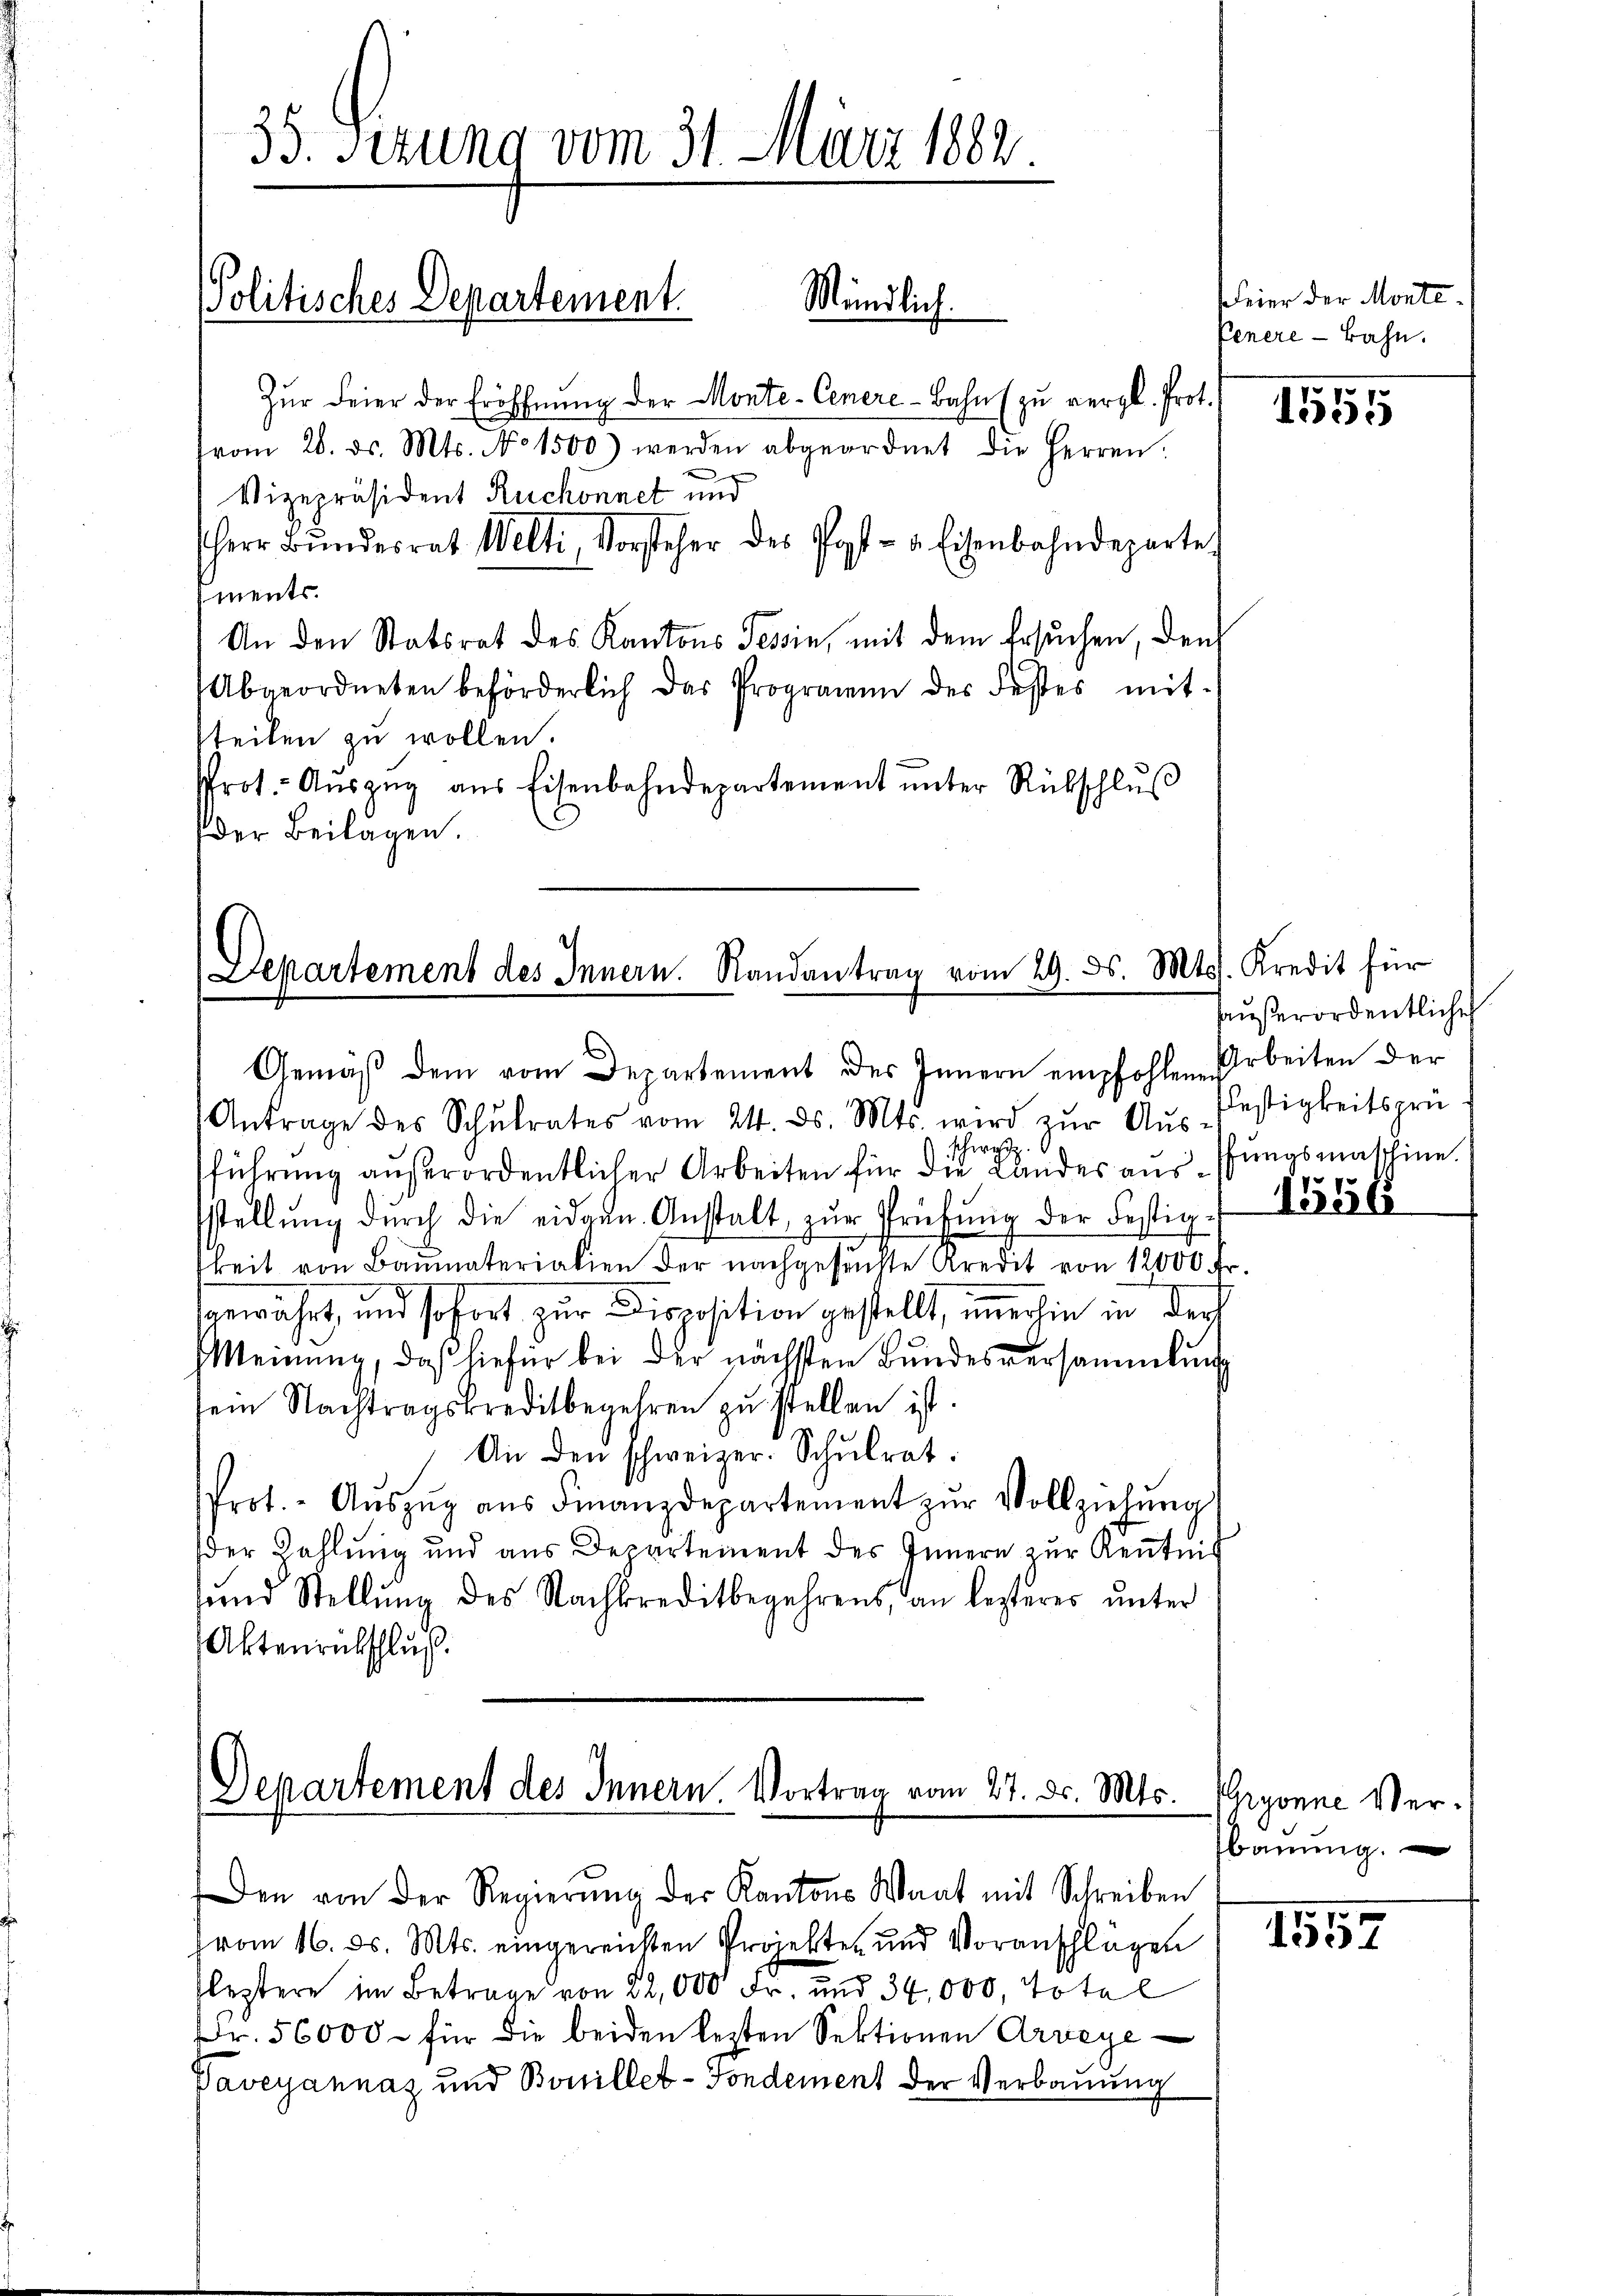
35. Sezung vom 31. März 182.

Politisches Departement.

Zŭr Feier der Eröffnŭng der Monte-Cenere-Bahn (zu vergl. Prot.
from 28. ds. Mts. No 1500) werden abgeordnet die Herren
Vizepräsident Ruchonnet und
Herr Bŭndesrat Welti, Vorsteher des Post- u. Eisenbahndeparte
ments.
An den Statsrat des Kantons Tessin, mit dem Ersuchen, den
Abgeordneten beförderlich das Programm des Festes mit-
tteilen zu wollen.
rot. Aŭszŭg aŭs Eisenbahndepartement ŭnter Rückschlŭβ
der Beilagen.

Antrage des Schŭlrates vom 24. ds. Mts. wird zŭr Aŭs-
schwest
führŭng aŭβerordentlicher Arbeiten für die Landes aŭsschungsmaschine.
stellŭng dŭrch die eidgen. Anstalt zŭr Prüfŭng der Festig-
keit von Baŭmaterialien der nachgesŭchte Kredit von 12000 Fr.
gewährt, und sofort zur Disposition gestellt, immerhin in der
MMeinung, daß hiefür bei der nächsten Bundesversammlung
sein Nachtragskreditbegehren zu stellen ist.
An den schweizer. Schŭlrat.
Prot. - Aŭszŭg aŭs Finanzdepartement zŭr Vollziehŭng
der Zahlung und aus Departement des Innern zur Kenntnis
sund Stellung des Nachkreditbegehrens, an lezteres unter
Aktenrückschluß.

Mündlich.

Departement des Innern. Randantrag vom 29. ds. Mts. Kredit für
Gemäβ dem vom Departement des Innern empfohlene Arbeiten der

Departement des Innern. Vortrag vom 27. ds. Mts.
Den von der Regierŭng der Kantons Waat mit Schreiben

feier der Monte.
Venere - Bahn.

haußerordentliche
Festigkeitsprü¬
1551

vom 16. d. Mts. eingereichten Projekten und Voranschlagen
leztere im Betrage von 22,000 Fr. und 34,000, Total
Fr. 56000. für die beiden lezten Sektionen Arveye
Vaveyannaz und Bonillet-Fondement der Verbauung

1555

Gryonne Verbauung.

1557